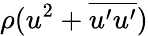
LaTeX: \rho(u^{2}+\overline{{u^{\prime}u^{\prime}}})